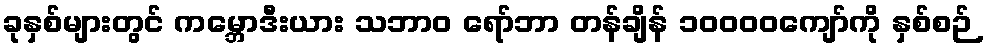
ခုနှစ်များတွင် ကမ္ဘောဒီးယား သဘာဝ ရော်ဘာ တန်ချိန် ၁၀၀၀၀ကျော်ကို နှစ်စဉ်